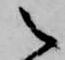
之